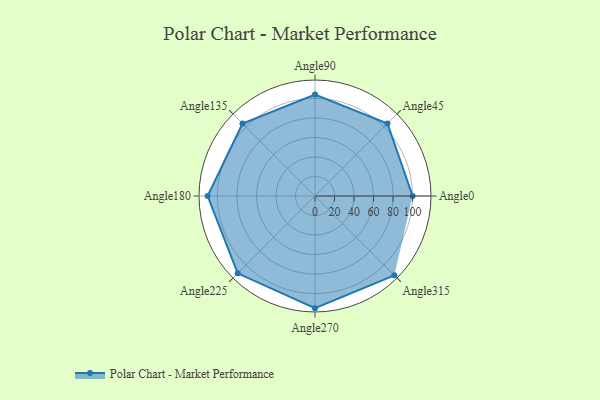
{"axis": {"x": "Angle", "y": "Radius"}, "legend": [""], "data": [{"x": "Angle0", "y": 100.0, "type": ""}, {"x": "Angle45", "y": 105.0, "type": ""}, {"x": "Angle90", "y": 104.0, "type": ""}, {"x": "Angle135", "y": 105.0, "type": ""}, {"x": "Angle180", "y": 110.0, "type": ""}, {"x": "Angle225", "y": 112.0, "type": ""}, {"x": "Angle270", "y": 115.0, "type": ""}, {"x": "Angle315", "y": 115.0, "type": ""}]}